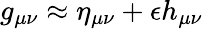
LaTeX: g_{\mu\nu}\approx\eta_{\mu\nu}+\epsilon h_{\mu\nu}